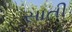
સાતી